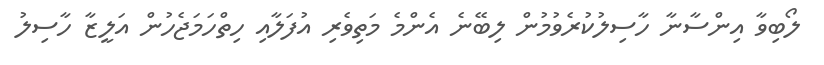
ލޯބިވާ އިންސާނާ ހާސިލުކުރެވުމުން ލިބޭނެ އެންމެ މަތިވެރި އުފަލާއި ހިތްހަމަޖެހުން އަލީޒާ ހާސިލު